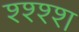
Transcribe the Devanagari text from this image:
श्श्श्श